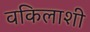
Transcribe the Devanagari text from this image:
वकिलाशी